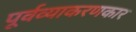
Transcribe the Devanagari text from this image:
पूर्वव्याकरणकार